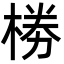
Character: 椦